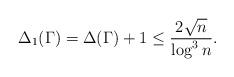
LaTeX: \begin{align*}\Delta_1(\Gamma)=\Delta(\Gamma)+1\leq \frac{2\sqrt{n}}{\log^3 n}.\end{align*}